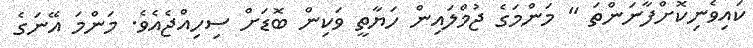
ކައިވެނިކޮށްފާނަންތަ " މަންމަގެ ޖުމްލައިން ހަޔާތީ ވަކިން ބޮޑަށް ސިހިއްޖެއެވެ. މަންމަ އޭނަގެ